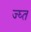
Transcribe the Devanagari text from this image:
ज्घ्त